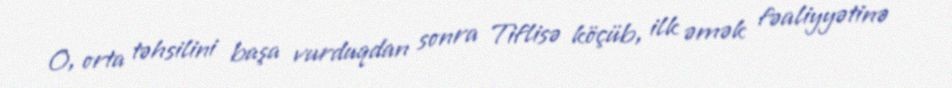
O, orta təhsilini başa vurduqdan sonra Tiflisə köçüb, ilk əmək fəaliyyətinə